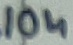
Text: 10n